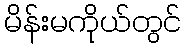
မိန်းမကိုယ်တွင်